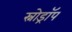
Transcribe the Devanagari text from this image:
स्नोड्रॉप